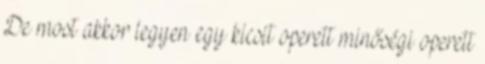
De most akkor legyen egy kicsit operett minőségi operett